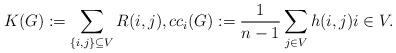
LaTeX: \begin{align*}K(G):= \sum\limits_{\left\{i,j\right\}\subseteq V}R(i,j), cc_i(G) := \frac{1}{n-1} \sum\limits_{j \in V} h(i,j) i \in V.\end{align*}